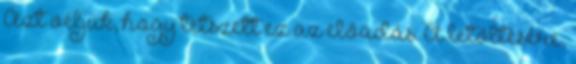
Azt véljük, hogy tetszett ez az előadás. A letöltésére,